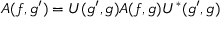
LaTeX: A ( f , g ^ { \prime } ) = U ( g ^ { \prime } , g ) A ( f , g ) U ^ { * } ( g ^ { \prime } , g )